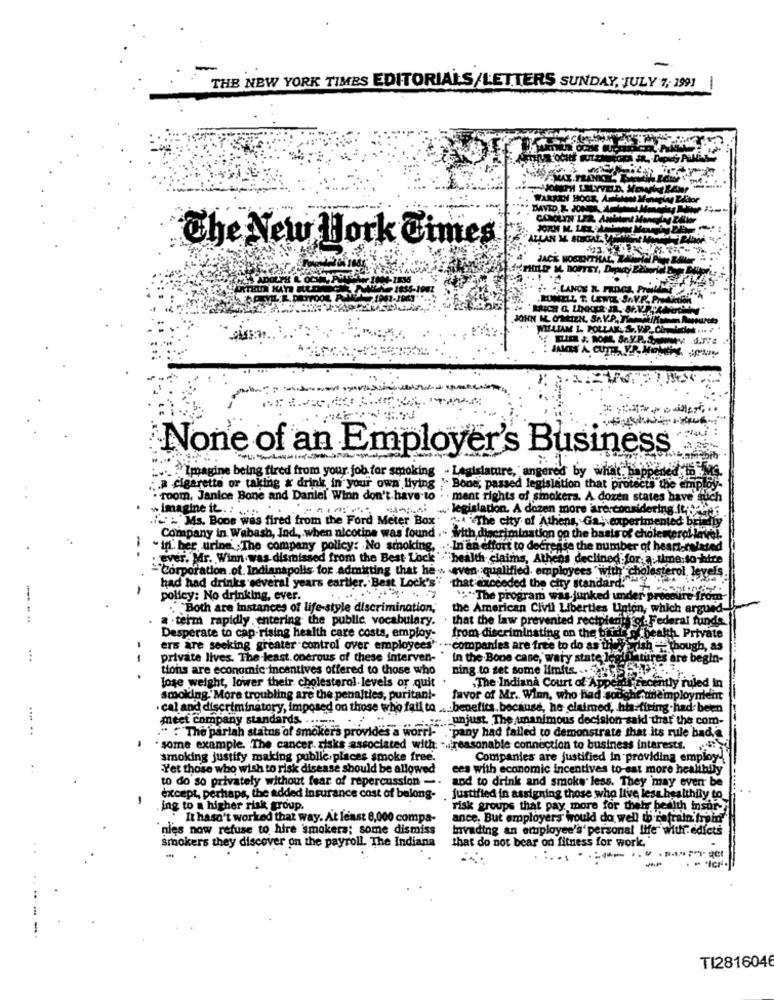
THE NEW YORK TIMES EDITORIALS/LETTERS SUNDAY, JULY 7, 1991
The New York Times
JOHN M. ONEIZN.
. WILLIAM 1. .
None of an Employer's Business
.Imagine being fired from your job for smoking
Legislature, angered by what?"
: a cigarette or taking x drink in your own liying ' Bone, passed legislation that protects the emplo
. room, Janice Bone and Daniel Winn don't have to : . ment rights of smokers. A dozen states have such
... legislation. A dozen more areconsidering.it
wimagine it. . ......
I'Ms. Bone was fired from the Ford Meter Box
ouiThe city of Athens, Ga; experimented bild
Company in Wabash, Ind ., when nicotine was found .. with discrimination on the basis of cholesterol lav
. in: ber, urine ; The company policy: No smoking,
.. In an effort to decrease the number of hear
: ever. Mr. Winn was dismissed from the Best Lock " "health claims, Athens declined for, a time:
Corporation of. Indianapolis for admitting that he > even qualified. employees" with' chole
sterol, le
-
had had drinks several years earlier. Best Lock's"
that exceeded the city standard:"
policy: No drinking, ever.
** The program was junked under pry
.. "Both are instances of life-style discrimination,"
the American Civil Liberties Union, which argue
. ..
a . term rapidly entering the public vocabulary.
that the law prevented recipient of. Federal funds
from discriminating on the bridge
jealth Private
Desperate to cap-rising health care costa, employ-
ers are seeking greater control over employees' . .. companies are free to do as thiel
though, as
private lives. The least.onerous of these interven-
In the Bone case, wary state legif titre
are begin-
tions are economic incentives offered to those who
ning to set some limits. .
-- .
lose weight, lower their cholesterol levels or quit
.The Indiana Court of Appelas recently ruled in
smoking. More troubling are the penalties, puritan !-
favor of Mr. Winn, who had sought.unemployment
cal and discriminatory, imposed on those who fall to ... benefits. because, he claimed, his-firing-had been
meet company standards. ........
" " The parlah status of smokers provides" of"se amus decision-said that the com-
.pany had failed to demonstrate that its rule had,a
. some example. The cancer. risks associated with: - reasonable connection to business interests. ..
smoking justify making public places smoke free.
Companies are justified in providing employ-
Yet those who wish to risk disease should be allowed
ees with economic incentives to-sat more healthily
to do so privately without fear of repercussion -.
and to drink and smoke less. They may even be
-
except, perhaps, the added insurance cost of belong- justified in assigning those who live lesa healthily to
ing to a higher risk group.
risk groups that pay more for thely berth insur-
It hasn't worked that way. At least 8,000 compa-
ance, But employers' would do well th'refrain from"
`nies now refuse to hire smokers; some dismiss
Invading an employee's'personal life with:edicts
smokers they discover on the payroll. The Indiana
that do not bear on fitness for work,
..
.#
-
-
TI2816046